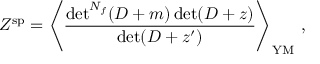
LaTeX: Z ^ { \mathrm { s p } } = \left\langle \frac { { \operatorname * { d e t } } ^ { N _ { f } } ( { \cal D } + m ) \operatorname * { d e t } ( { \cal D } + z ) } { \operatorname * { d e t } ( { \cal D } + z ^ { \prime } ) } \right\rangle _ { \mathrm { Y M } } \: ,